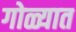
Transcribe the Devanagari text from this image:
गोळ्यात